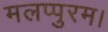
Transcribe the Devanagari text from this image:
मलप्पुरम।